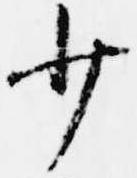
少